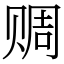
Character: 赒